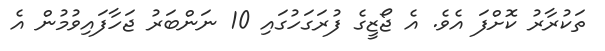
ތަކުރާރު ކޮށްފަ އެވެ. އެ ޖޯޒީގެ ފުރަގަހުގައި 10 ނަންބަރު ޖަހާފައިވުމުން އެ